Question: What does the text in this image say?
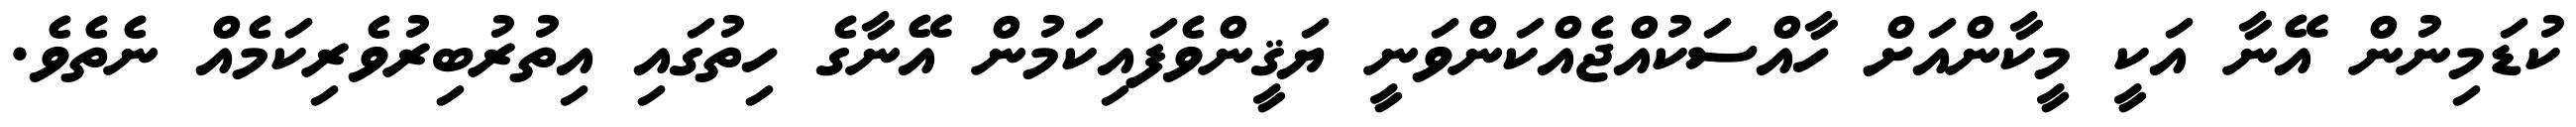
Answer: ކުޑަމިނުން އޭނާ އަކީ މީކާންއަށް ހާއްސަކުއްޖެއްކަންވަނީ ޔަޤީންވެފައިކަމުން އޭނާގެ ހިތުގައި އިތުރުބިރުވެރިކަމެއް ނެތެވެ.